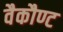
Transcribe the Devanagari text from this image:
वैकौण्ट